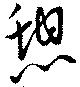
憇